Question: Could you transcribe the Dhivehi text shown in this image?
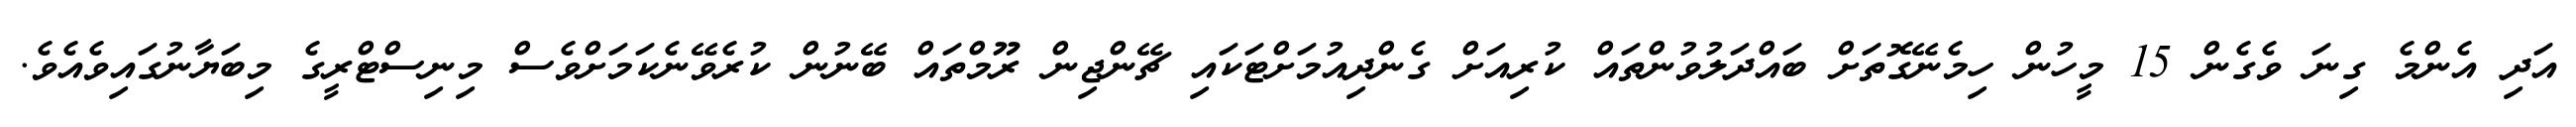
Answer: އަދި އެންމެ ގިނަ ވެގެން 15 މީހުން ހިމެނޭގޮތަށް ބައްދަލުވުންތައް ކުރިއަށް ގެންދިއުމަށްޓަކައި ޗޭންޖިން ރޫމްތައް ބޭނުން ކުރެވޭނެކަމަށްވެސް މިނިސްޓްރީގެ މިބަޔާނުގައިވެއެވެ.